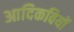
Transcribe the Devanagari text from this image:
आदिकवियों